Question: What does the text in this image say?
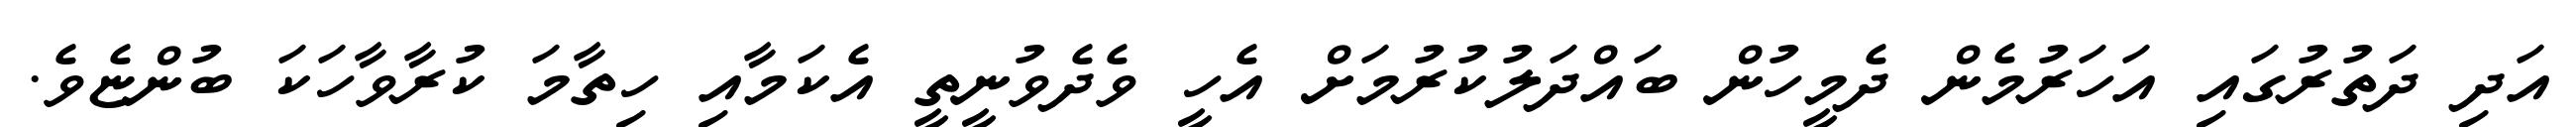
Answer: އަދި ދަތުރުގައި އަހަރުމެން ދެމީހުން ބައްދަލުކުރުމަށް އެހީ ވެދެވުނީތީ އެކަމާއި ހިތާމަ ކުރާވާހަކަ ބުންޏެވެ.